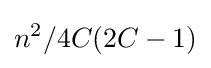
n^{2}/4C(2C-1)